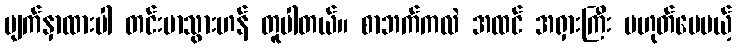
မျက်နှာထားပါ တင်းမာသွားဟန် တူပါတယ်။ စာဘက်ကလဲ အထင် အရှားကြီး မဟုတ်ပေမယ့်